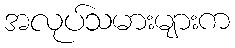
အလုပ်သမားများက